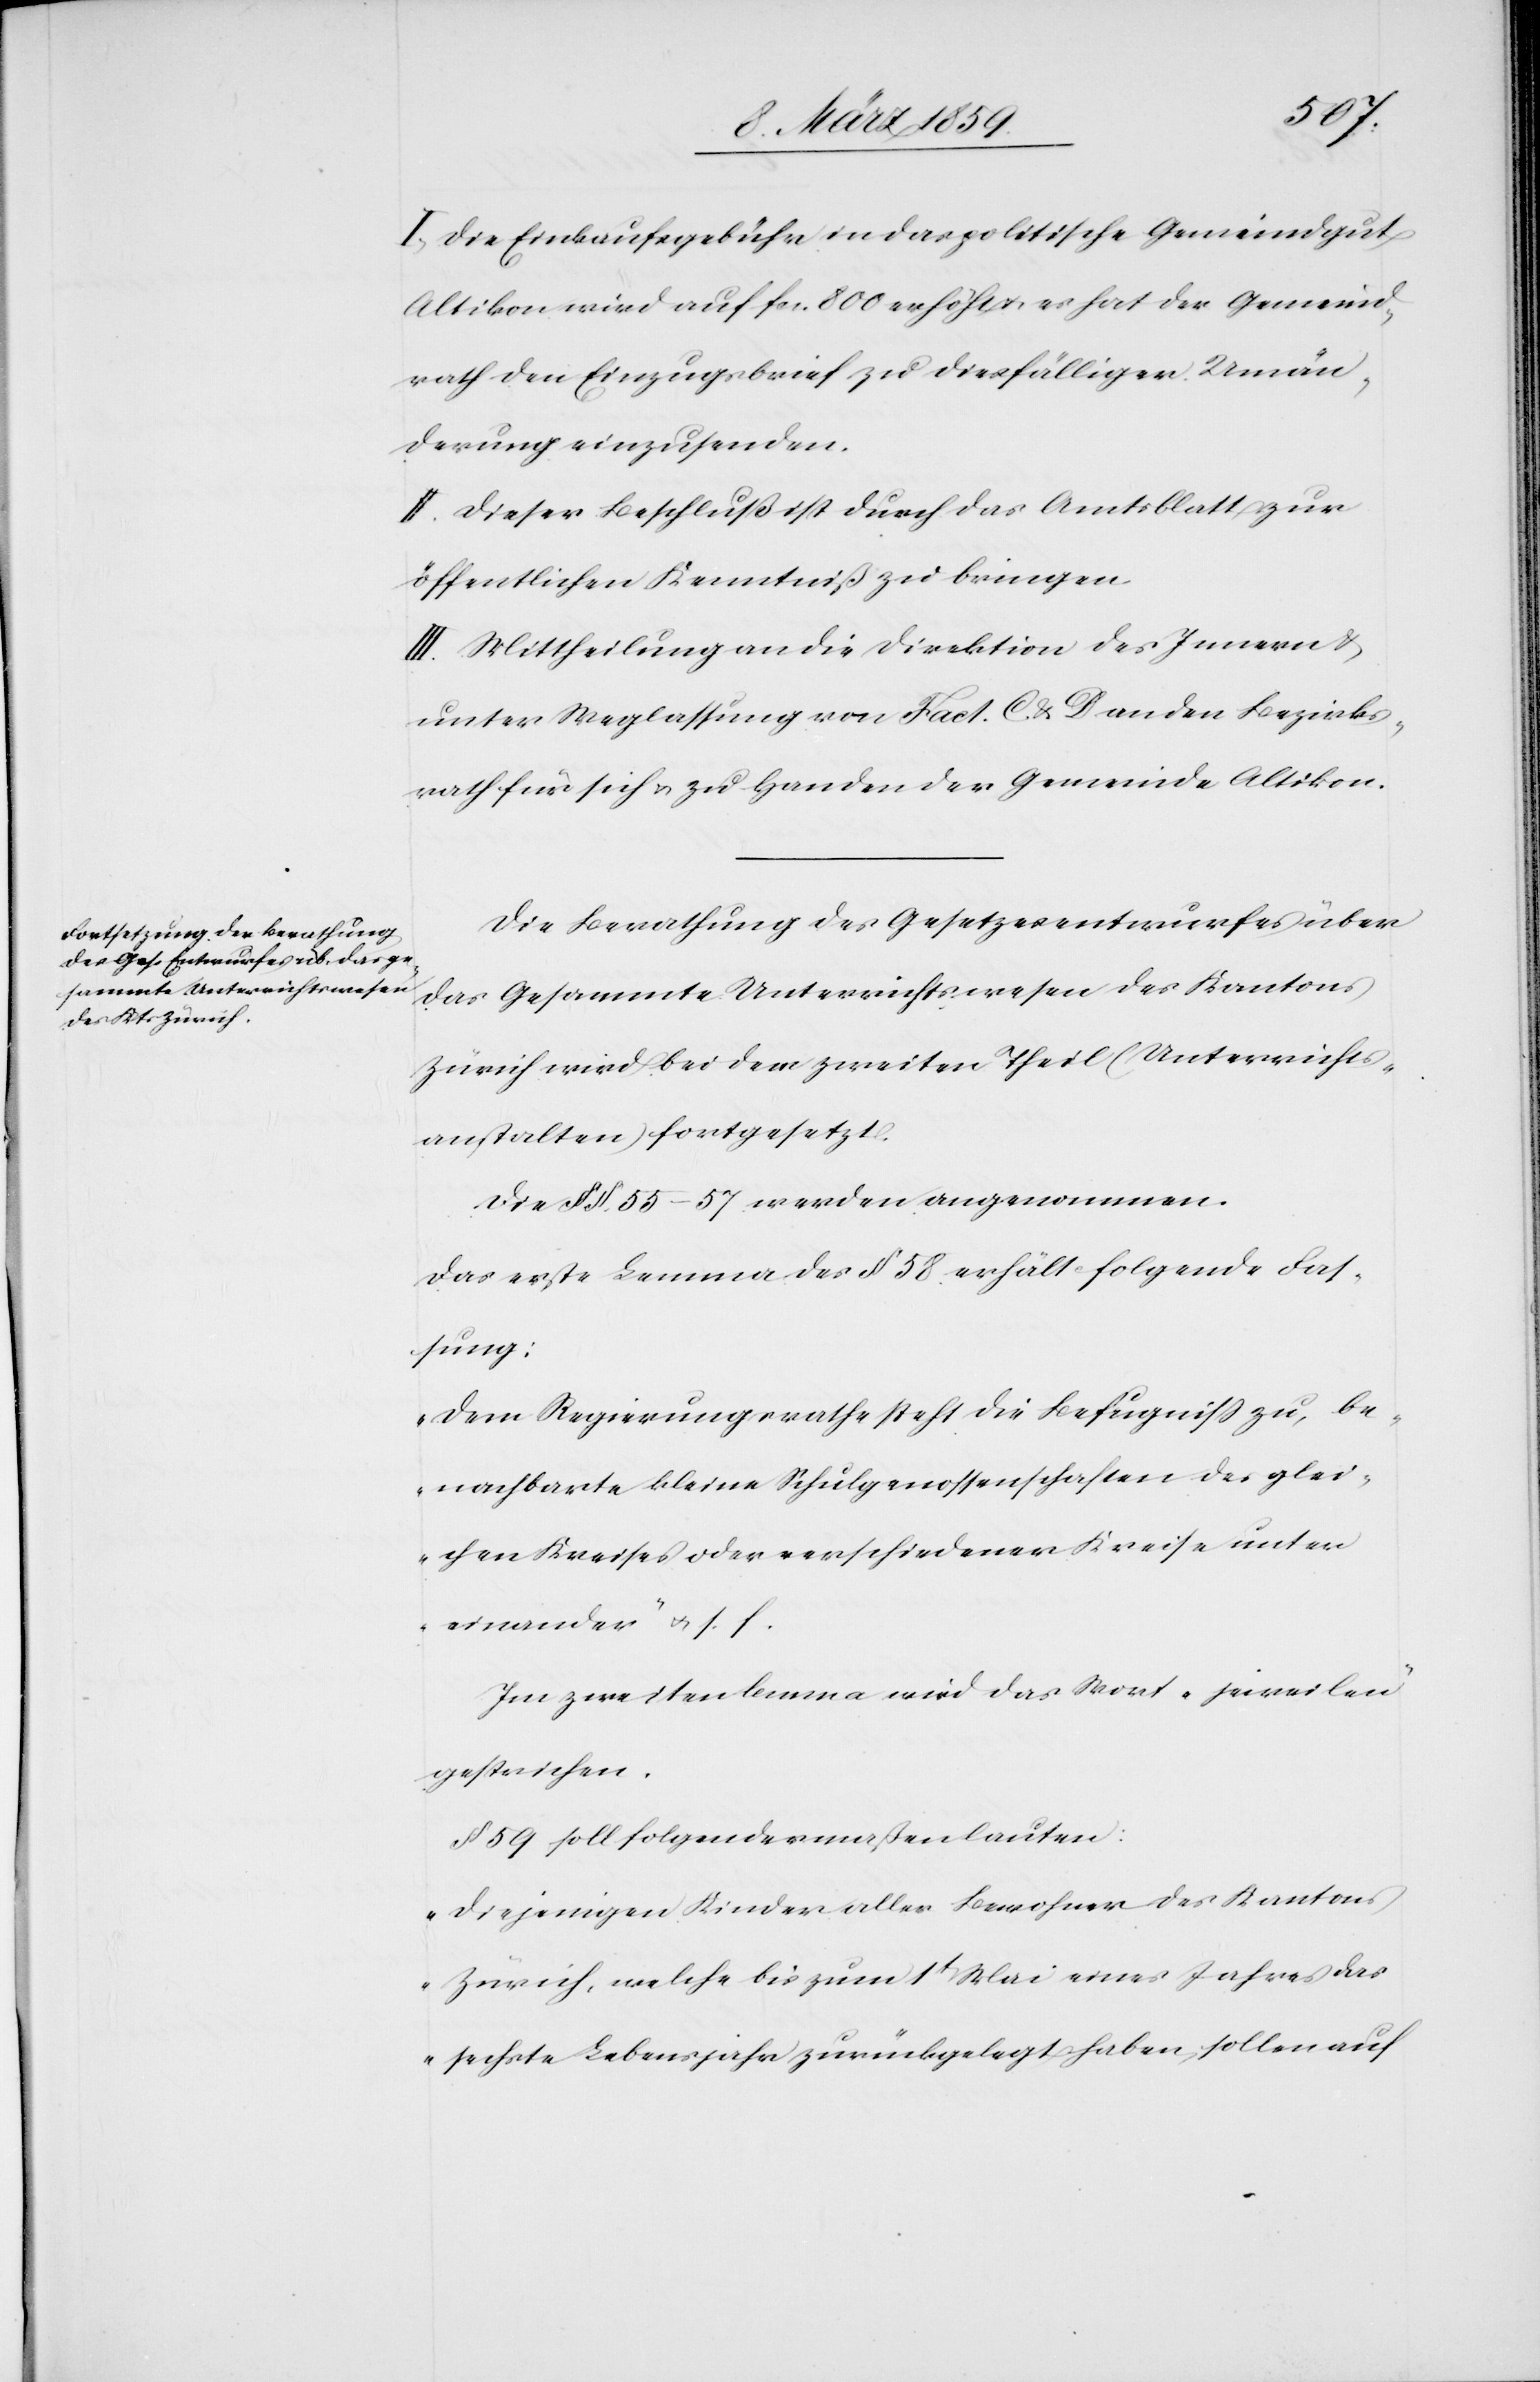
I. Die Einkaufsgebühr in das politische Gemeindgut
Altikon wird auf fcs. 800 erhöht u. es hat der Gemeind¬
rath den Einzugsbrief zu diesfälliger Umän¬
derung einzusenden.
II. Dieser Beschluß ist durch das Amtsblatt zur
öffentlichen Kenntniß zu bringen.
III. Mittheilung an die Direktion des Innern &
unter Weglassung von Fact. C & D an den Bezirks¬
rath für sich u. zu Handen der Gemeinde Altikon.
Die Berathung des Gesetzesentwurfes über
das Gesammte Unterrichtswesen des Kantons
Zürich wird bei dem zweiten Theil (Unterrichts¬
anstalten) fortgesetzt.
Die § §. 55–57 werden angenommen.
Das erste Lemma des § 58. erhält folgende Fas¬
sung:
„Dem Regierungsrath steht die Befugniß zu, be¬
nachbarte kleine Schulgenossenschaften des glei¬
chen Kreises oder verschiedener Kreise unter
einander“ u. s. f.
Im zweiten Lemma wird das Wort „jeweilen“
gestrichen.
§ 59 soll folgendermaßen lauten:
„Diejenigen Kinder aller Bewohner des Kantons
Zürich, welche bis zum 1t Mai eines Jahres das
sechste Lebensjahr zurückgelegt haben, sollen auf